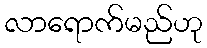
လာရောက်မည်ဟု